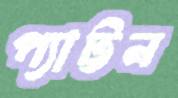
প্যাট্টন